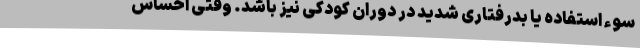
سوءِ استفاده یا بدرفتاری شدید در دوران کودکی نیز باشد. وقتی احساس